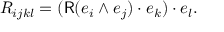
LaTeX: R _ { i j k l } = ( { \mathsf { R } } ( e _ { i } \wedge e _ { j } ) \cdot e _ { k } ) \cdot e _ { l } .